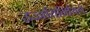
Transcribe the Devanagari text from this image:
उज्जयिनियिले